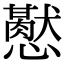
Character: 𢤍